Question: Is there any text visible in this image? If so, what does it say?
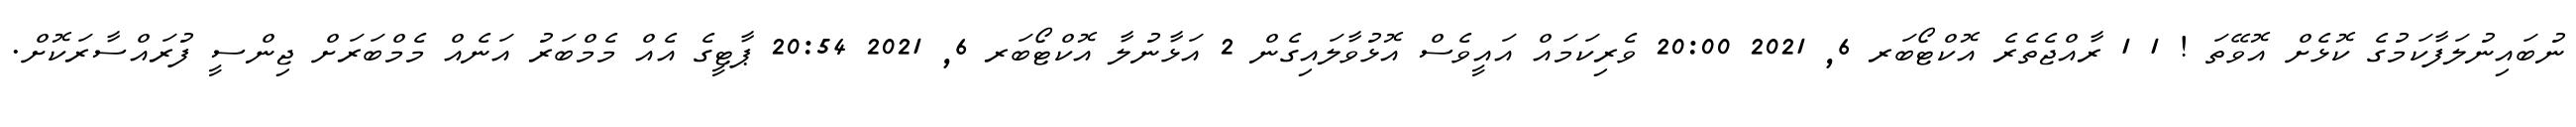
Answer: ނުބައިނުލަފާކަމުގެ ކޮޅެށް އޮވޭތަ ! 1 1 ރާއްޖެތެރެ އޮކްޓޯބަރ 6, 2021 20:00 ވެރިކަމައް އައީވެސް އޮޅުވާލައިގެން 2 އަޅާނުލާ އޮކްޓޯބަރ 6, 2021 20:54 ޕާޓީގެ އެއް މެމްބަރު އަނެއް މެމްބަރަށް ޖިންސީ ފުރައްސާރަކޮށް.